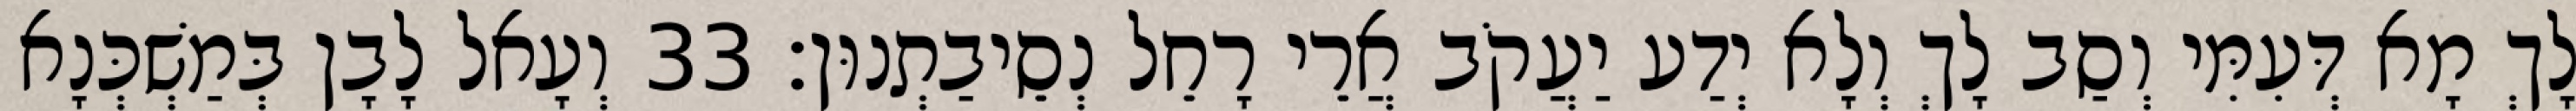
לָךְ מָא דְּעִמִּי וְסַב לָךְ וְלָא יְדַע יַעֲקֹב אֲרֵי רָחֵל נְסֵיבַתְנוּן׃ 33 וְעָאל לָבָן בְּמַשְׁכְּנָא